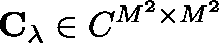
\mathbf { C _ { \lambda } } \in \mathbb { C } ^ { M ^ { 2 } \times M ^ { 2 } }